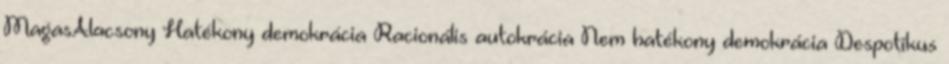
MagasAlacsony Hatékony demokrácia Racionális autokrácia Nem hatékony demokrácia Despotikus